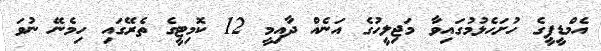
އެމްޑީޕީގެ ހުށަހެޅުމުގައިވާ މަޖިލީހުގެ އަނެއް ދާއިމީ 12 ކޮމިޓީގެ ތެރޭގައި ހިމެނޭ ނުވަ